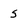
Character: s